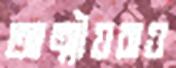
আত্মীয়রাও